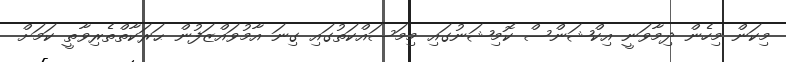
މިކަން މިހެން ދިމާވަނީ އިކްޝަންސް ކޮމިޝަނުގައި މިމަސައްކަތުގައި ގިނަ އާމުވައްޒަފުން ޙަރަކާތްތެރިވާތީ ކަމަށް